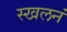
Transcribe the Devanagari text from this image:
स्खलनं